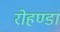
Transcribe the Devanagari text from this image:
रोहण्डा